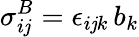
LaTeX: \sigma_{i\mathit{j}}^{B}=\epsilon_{i\mathit{j}k}\, b_{k}